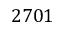
2 7 0 1